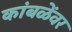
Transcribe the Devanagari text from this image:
कांबळेंवर